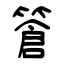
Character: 篬